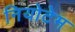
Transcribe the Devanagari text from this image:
नियोटेम